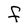
Character: f